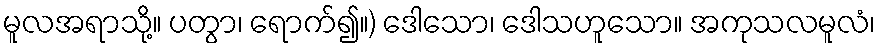
မူလအရာသို့။ ပတွာ၊ ရောက်၍။) ဒေါသော၊ ဒေါသဟူသော။ အကုသလမူလံ၊